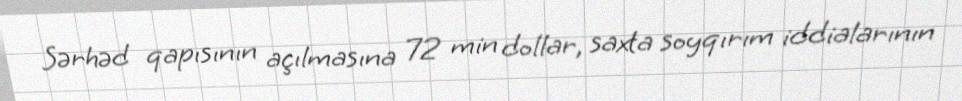
Sərhəd qapısının açılmasına 72 min dollar, saxta soyqırım iddialarının